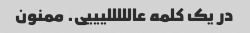
در یک کلمه عالللللیییی. ممنون